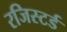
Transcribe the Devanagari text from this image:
रजिस्‍टर्ड